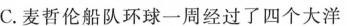
C.麦哲伦船队环球一周经过了四个大洋